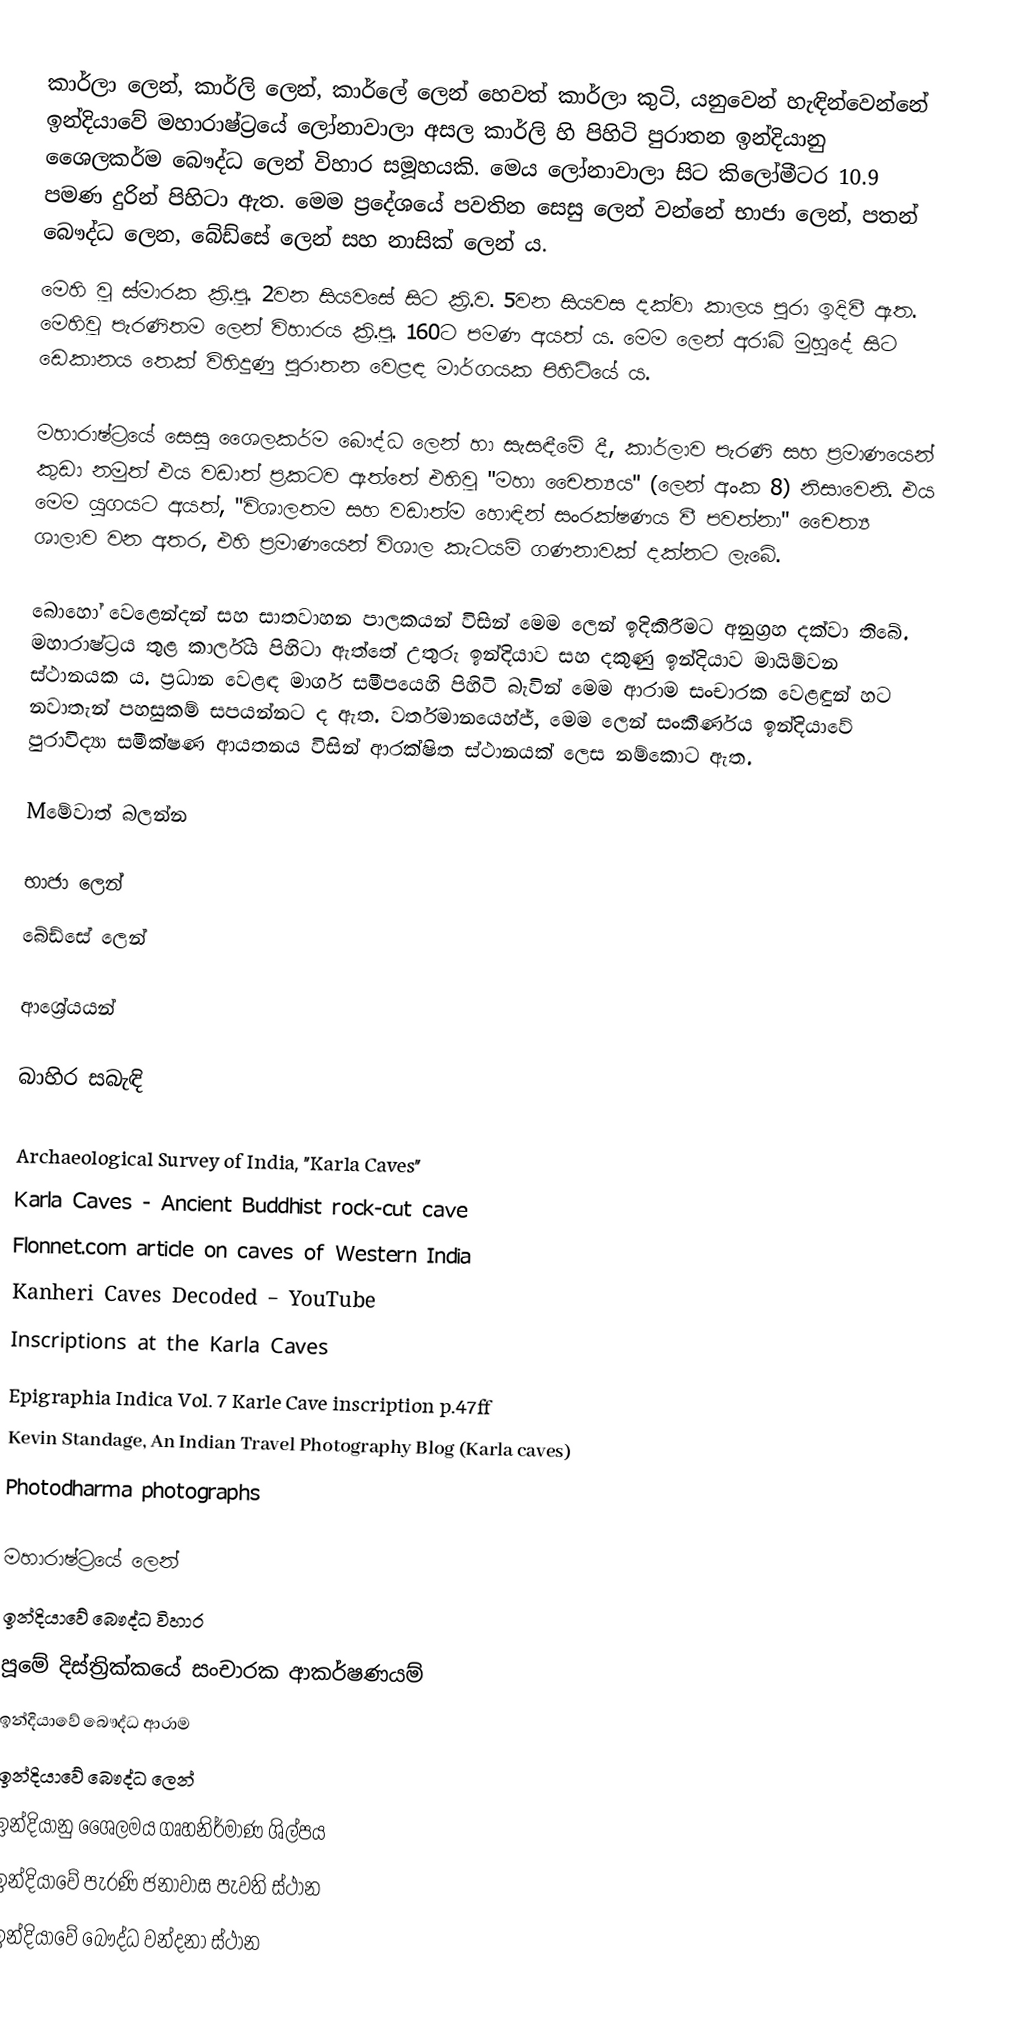
කාර්ලා ලෙන්, කාර්ලි ලෙන්, කාර්ලේ ලෙන් හෙවත් කාර්ලා කුටි, යනුවෙන් හැඳින්වෙන්නේ ඉන්දියාවේ මහාරාෂ්ට්‍රයේ ලෝනාවාලා අසල කාර්ලි හි පිහිටි පුරාතන ඉන්දියානු ශෛලකර්ම බෞද්ධ ලෙන් විහාර සමූහයකි. මෙය ලෝනාවාලා සිට කිලෝමීටර 10.9 පමණ දුරින් පිහිටා ඇත. මෙම ප්‍රදේශයේ පවතින සෙසු ලෙන් වන්නේ භාජා ලෙන්, පතන් බෞද්ධ ලෙන, බේඩ්සේ ලෙන් සහ නාසික් ලෙන් ය.
මෙහි වූ ස්මාරක ක්‍රි.පූ. 2වන සියවසේ සිට ක්‍රි.ව. 5වන සියවස දක්වා කාලය පුරා ඉදිවී ඇත. මෙහිවූ පැරණිතම ලෙන් විහාරය ක්‍රි.පූ. 160ට පමණ අයත් ය. මෙම ලෙන් අරාබි මුහුදේ සිට ඩෙකානය තෙක් විහිදුණු පුරාතන වෙළඳ මාර්ගයක පිහිටියේ ය.

මහාරාෂ්ට්‍රයේ සෙසු ශෛලකර්ම බෞද්ධ ලෙන් හා සැසඳීමේ දී, කාර්ලාව පැරණි සහ ප්‍රමාණයෙන් කුඩා නමුත් එය වඩාත් ප්‍රකටව ඇත්තේ එහිවූ "මහා චෛත්‍යය" (ලෙන් අංක 8) නිසාවෙනි. එය මෙම යුගයට අයත්, "විශාලතම සහ වඩාත්ම හොඳින් සංරක්ෂණය වී පවත්නා" චෛත්‍ය ශාලාව වන අතර, එහි ප්‍රමාණයෙන් විශාල කැටයම් ගණනාවක් දක්නට ලැබේ.

බොහෝ වෙළෙන්දන් සහ සාතවාහන පාලකයන් විසින් මෙම ලෙන් ඉදිකිරීමට අනුග්‍රහ දක්වා තිබේ. මහාරාෂ්ට්‍රය තුළ කාර්ලිය පිහිටා ඇත්තේ උතුරු ඉන්දියාව සහ දකුණු ඉන්දියාව මායිම්වන ස්ථානයක ය. ප්‍රධාන වෙළඳ මාර්ග සමීපයෙහි පිහිටි බැවින් මෙම ආරාම සංචාරක වෙළඳුන් හට නවාතැන් පහසුකම් සපයන්නට ද ඇත. වර්තමානයෙහ්ජ්, මෙම ලෙන් සංකීර්ණය ඉන්දියාවේ පුරාවිද්‍යා සමීක්ෂණ ආයතනය විසින් ආරක්ෂිත ස්ථානයක් ලෙස නම්කොට ඇත.

Mමේවාත් බලන්න

 භාජා ලෙන්
 බේඩ්සේ ලෙන්

ආශ්‍රේයයන්

බාහිර සබැඳි

 Archaeological Survey of India, "Karla Caves"
 Karla Caves - Ancient Buddhist rock-cut cave
 Flonnet.com article on caves of Western India
 Kanheri Caves Decoded – YouTube
 Inscriptions at the Karla Caves
 Epigraphia Indica Vol. 7 Karle Cave inscription p.47ff
 Kevin Standage, An Indian Travel Photography Blog (Karla caves)
 Photodharma photographs

මහාරාෂ්ට්‍රයේ ලෙන්
ඉන්දියාවේ බෞද්ධ විහාර
පූමේ දිස්ත්‍රික්කයේ සංචාරක ආකර්ෂණයම්
ඉන්දියාවේ බෞද්ධ ආරාම
ඉන්දියාවේ බෞද්ධ ලෙන්
ඉන්දියානු ශෛලමය ගෘහනිර්මාණ ශිල්පය
ඉන්දියාවේ පැරණි ජනාවාස පැවති ස්ථාන
ඉන්දියාවේ බෞද්ධ වන්දනා ස්ථාන